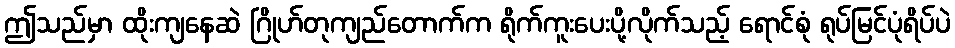
ဤသည်မှာ ထိုးကျနေဆဲ ဂြိုဟ်တုကျည်တောက်က ရိုက်ကူးပေးပို့လိုက်သည့် ရောင်စုံ ရုပ်မြင်ပုံရိပ်ပဲ